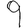
Digit: 9